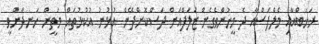
ރަޚަބްއާއި މެލްފަސްއާ ދެ މީހުންވެގެން ޒަލަފްއަށް ދަސްކޮށްދޭން އުޅުނު އުކުޅުތައް މަތީން ހަނދާންވީ